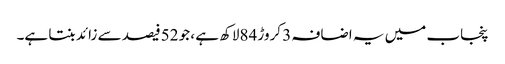
پنجاب میں یہ اضافہ 3 کروڑ 84لاکھ ہے ، جو 52فیصد سے زائد بنتا ہے۔